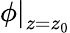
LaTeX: \left.\phi\right|_{z=z_{0}}